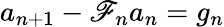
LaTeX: a_{n+1}-\mathscr{F}_{n}a_{n}=g_{n}